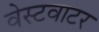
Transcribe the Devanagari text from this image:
वेस्टवाटर